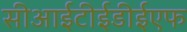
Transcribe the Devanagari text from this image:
सीआईटीईडीईएफ